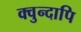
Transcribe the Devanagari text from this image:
क्वुन्दापि